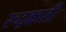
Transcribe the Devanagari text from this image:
रूद्रकाली